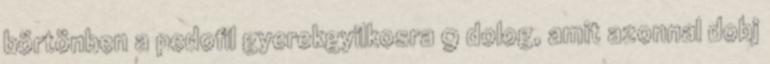
börtönben a pedofil gyerekgyilkosra 9 dolog, amit azonnal dobj